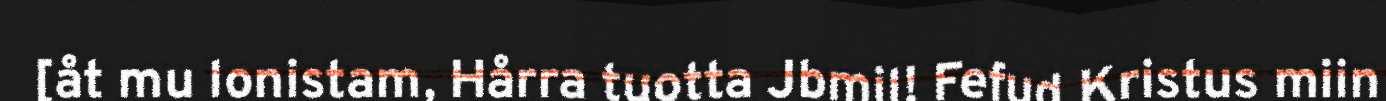
[åt mu lonistam, Hårra tuotta Jbmil! Fefud Kristus miin